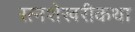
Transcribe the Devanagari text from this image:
रत्नशेखरीकथा